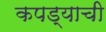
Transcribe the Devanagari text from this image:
कपड्याची